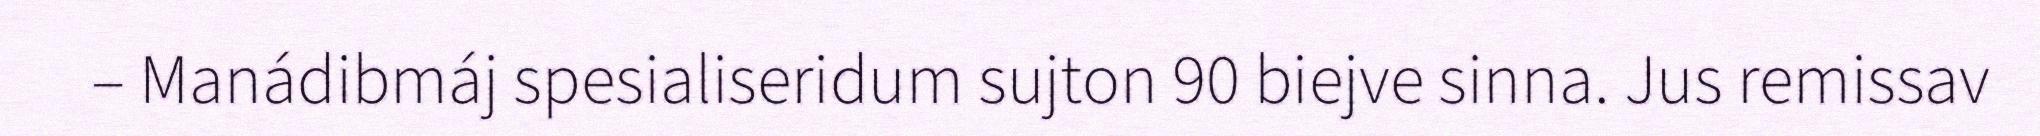
– Manádibmáj spesialiseridum sujton 90 biejve sinna. Jus remissav